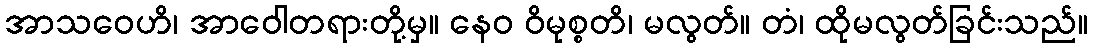
အာသဝေဟိ၊ အာဝေါတရားတို့မှ။ နေဝ ဝိမုစ္စတိ၊ မလွတ်။ တံ၊ ထိုမလွတ်ခြင်းသည်။